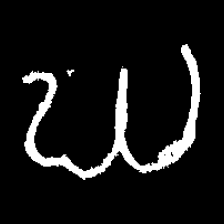
Pyu character \u2014 Myanmar letter: ဃ (romanized: gha)